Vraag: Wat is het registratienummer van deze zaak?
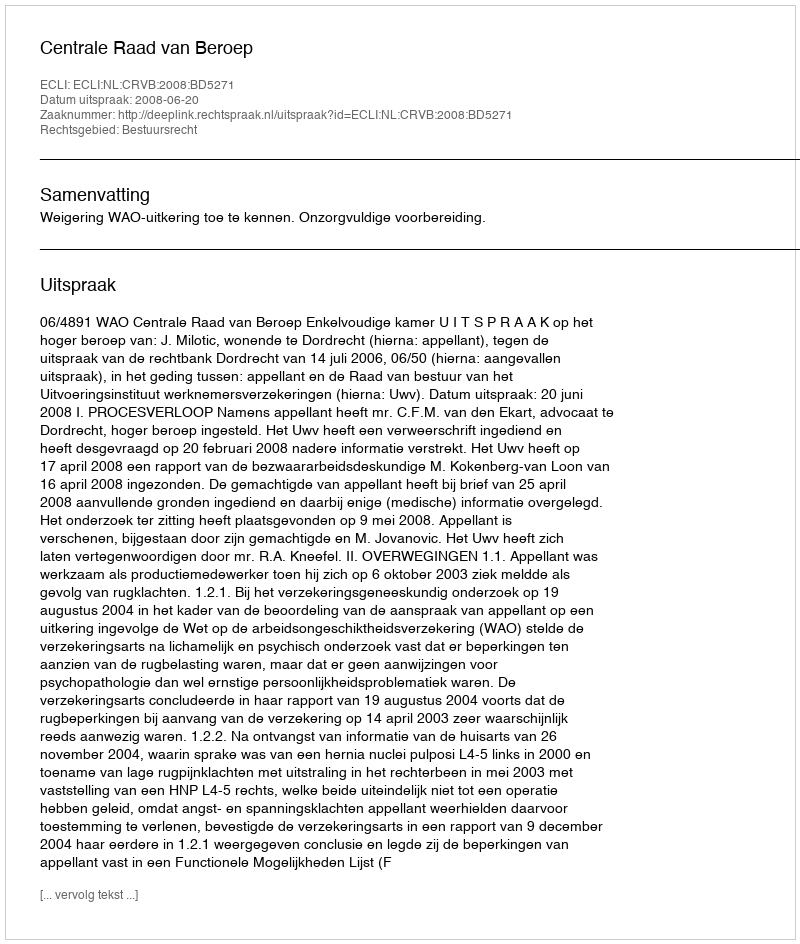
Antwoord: http://deeplink.rechtspraak.nl/uitspraak?id=ECLI:NL:CRVB:2008:BD5271